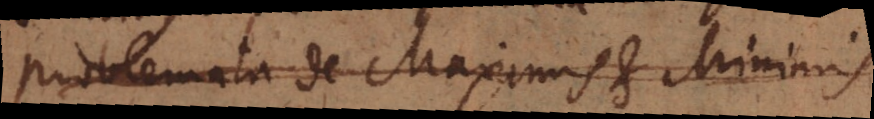
Problemata de Maximis et Minimis